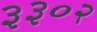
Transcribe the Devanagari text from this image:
३३०२